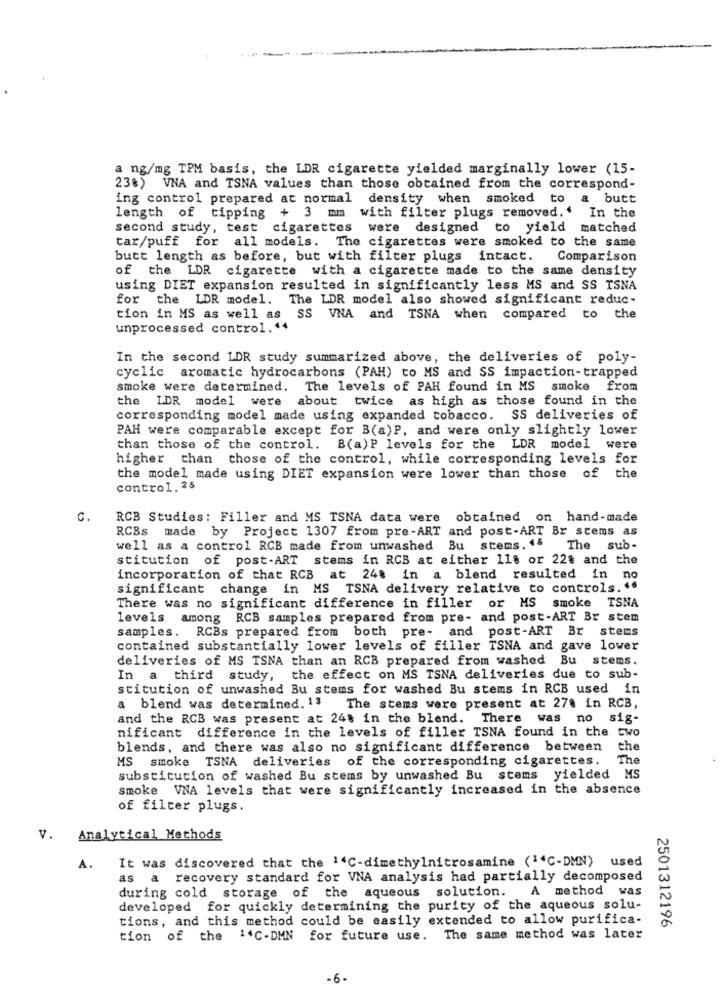
a ng/mg TPM basis, the LDR cigarette yielded marginally lower (15-
23%) VNA and TSNA values than those obtained from the correspond-
ing control prepared at normal density when smoked to a butt
length of tipping
+ 3 mm with filter plugs removed.' In the
second study, test cigarettes were designed to yield matched
tar/puff for all models. The cigarettes were smoked to the same
butt length as before, but with filter plugs intact.
Comparison
of the LDR cigarette with a cigarette made to the same density
using DIET expansion resulted in significantly less MS and SS TSNA
for the LDR model. The LDR model also showed significant reduc-
tion in MS as well as SS VNA and TSNA when compared to the
unprocessed control. "4
In the second LDR study summarized above, the deliveries of poly-
cyclic aromatic hydrocarbons (PAH) to MS and SS impaction-trapped
smoke were determined. The levels of PAH found in MS smoke from
the LDR model were about twice as high as those found in the
corresponding model made using expanded tobacco. SS deliveries of
PAH were comparable except for B(a)P, and were only slightly lower
than those of the control. B(a) P levels for the LDR model were
higher than those of the control, while corresponding levels for
the model made using DIET expansion were lower than those of the
control.25
G.
RCB Studies: Filler and MS TSNA data were obtained on hand-made
RCBs made by Project 1307 from pre-ART and post-ART Br stems as
well as a control RCB made from unwashed Bu stems. 15
The sub-
stitution of post-ART stems in RCB at either 118 or 228 and the
incorporation of that RCB at 248 in a blend resulted in no
significant change in MS TSNA delivery relative to controls. 46
There was no significant difference in filler or MS smoke TSNA
levels among RCB samples prepared from pre- and post-ART Br stem
samples. RCBs prepared from both pre- and post-ART Br stems
contained substantially lower levels of filler TSNA and gave lower
deliveries of MS TSNA than an RCB prepared from washed Bu stems.
In a third study, the effect on MS TSNA deliveries due to sub-
stitution of unwashed Bu stems for washed Bu stems in RCB used in
a blend was determined. 13
The stems were present at 27% in RCB,
and the RCB was present at 248 in the blend. There was no sig-
nificant difference in the levels of filler TSNA found in the two
blends, and there was also no significant difference between
the
MS smoke TSNA deliveries of the corresponding cigarettes.
The
substitution of washed Bu stems by unwashed Bu stems yielded MS
smoke VNA levels that were significantly increased in the absence
of filter plugs.
V. Analytical Methods
It was discovered that the 14C-dimethylnitrosamine (1"C-DMN) used
A.
as a recovery standard for VNA analysis had partially decomposed
A method was
during cold storage of the aqueous solution.
developed for quickly determining the purity of the aqueous solu-
tions, and this method could be easily extended to allow purifica-
2501312196
tion of the 14C-DMN for future use. The same method was later
-6 -